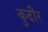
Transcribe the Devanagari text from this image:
कुदीर